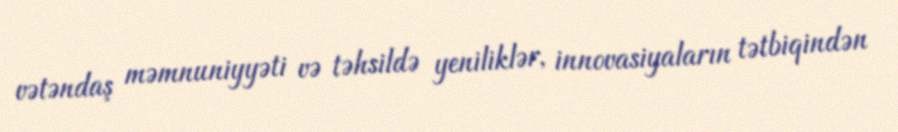
vətəndaş məmnuniyyəti və təhsildə yeniliklər, innovasiyaların tətbiqindən